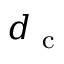
d _ { \mathrm { ~ c ~ } }